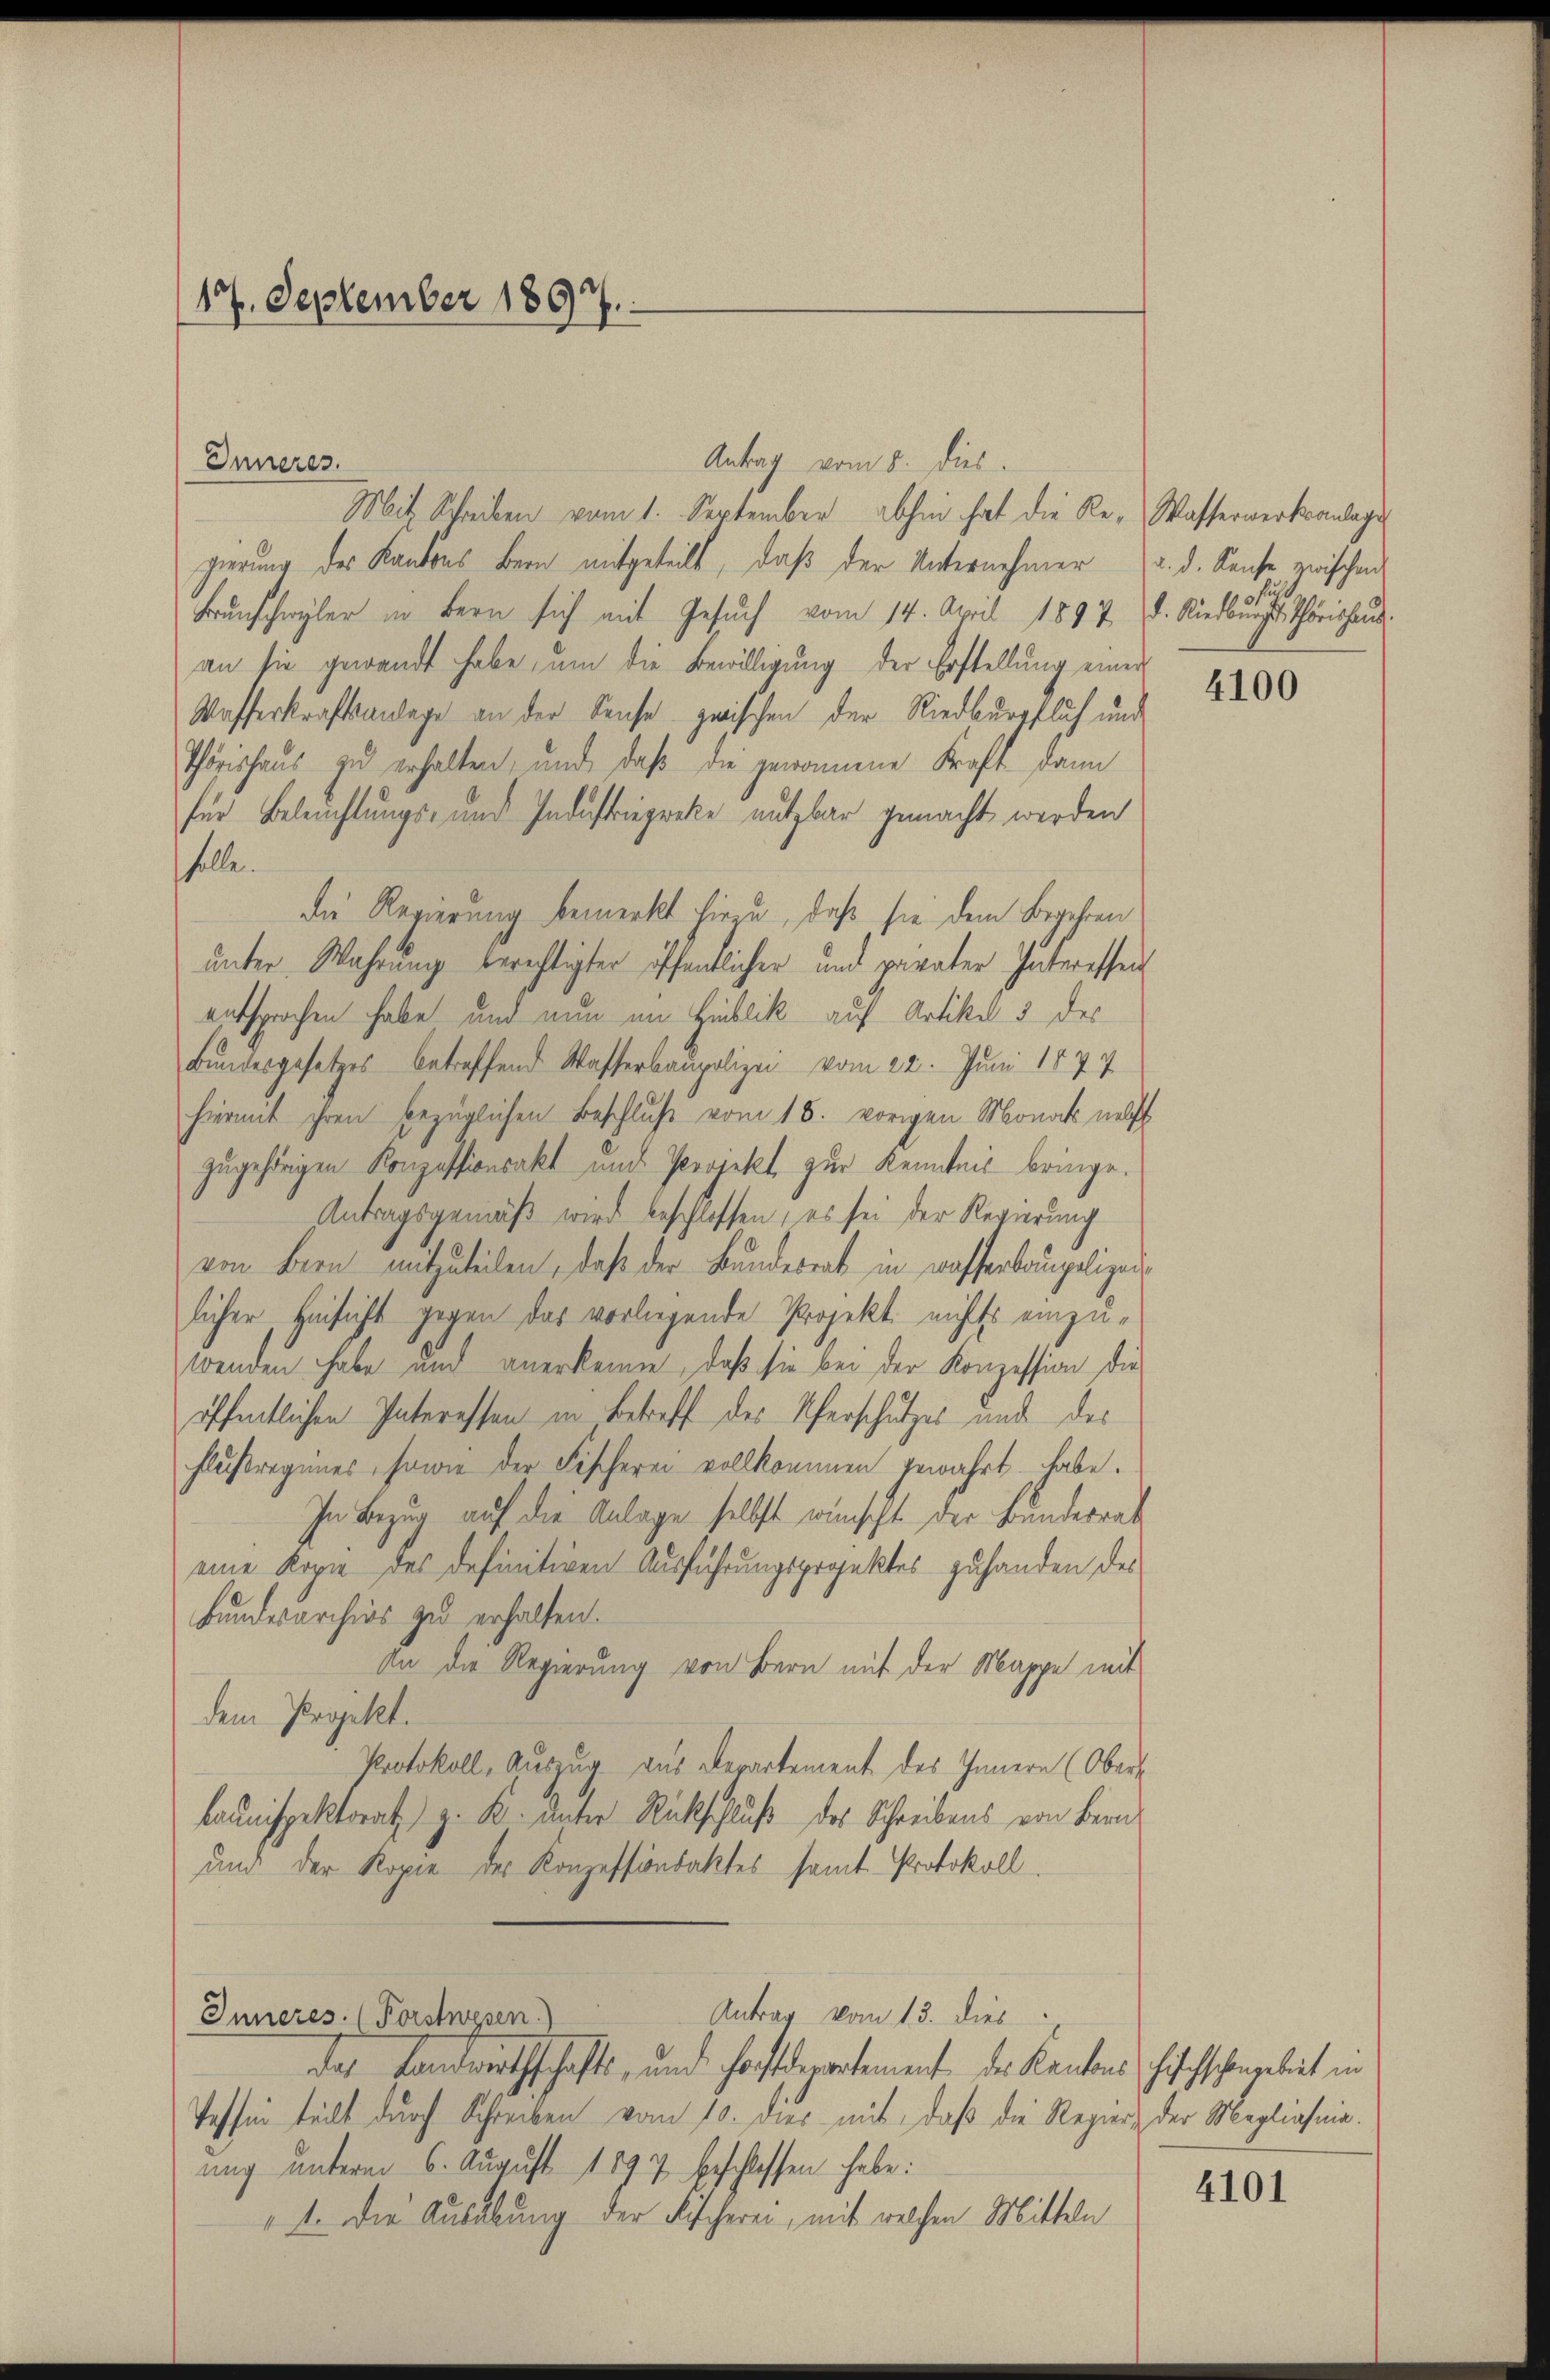
Antrag vom 8. dies
Mit Schreiben vom 1. September abhin hat die Re- Wasserwerksanlage
gierung des Kantons Bern mitgeteilt, daß der Unternehmer
Frŭnschwyler in Bern sich mit Gesŭch vom 14. April 1897. d. Riedberg. Thorishaus
an sie gewandt habe, um die Bewilligung der Erstellung einer
Wasserkraftsanlage an der Sause zwischen der Riedburgfluh und
Thorishaus zu erhalten, und daß die gewonnene Kraft dann
für Beleuchtungs- und Industriegreke nutzbar gemacht werden
holle.
die Regierung bemerkt hiezu, daß sie dem Begehren
unter Wahrung berechtigter öffentlicher und pavater Interessen
entsprochen habe und nun im Hinblick auf Artikel 5 des
Bundesgesetzes betreffend Wasserbaupolizei vom 22. Juni 1877
hiermit ihren bezüglichen Beschluß vom 18. vorigen Monat nebst
zugehörigen Konzessionsakt und Projekt zur Kenntnis bringe.
Antragsgemäß wird beschlossen, es sei der Regierung
von Bern mitzuteilen, daß der Bundesrat, in wasserbaupolizeilicher, Hinsicht gegen das vorliegende Projekt nichts einzuwenden habe und anerkenne, daß sie bei der Konzession die
öffentlichen Interessen in Betreff des Uferschutzes und des
Flußregenes, sowie der Fischerei vollkommen gewahrt habe.
In Bezug auf die Anlage selbst wünscht der Bundesrat
eine Kopie des definitiven Ausführungsprojektes zuhanden der
Bundesarchivs zu erhalten.
An die Regierung von Bern mit der Mappe mit
dem Projekt.
Protokoll, Auszug aus Departement des Innern (Obers
Launispektorat z. K. unter Rückschluß des Schreibens von Bern
und der Kopie der Konzessionsaktes samt Protokoll.
Antrag vom 13. dies
Inneres. (Forstwesen)
das Landwirthschafts, und hochderartement der Kantons Schischscheinleit in
Tessin teilt durch Schreiben vom 10. dies mit, daß die Regier, der Maglianiaung unterm 6. August 1897 beschlossen habe:
1. Die Ausübung der Fischerei, mit welchen Mitteln

17. September 1897.

Inneres.

2. d. Keise zwischen

4100

4101